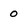
Character: 0